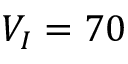
V _ { I } = 7 0